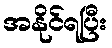
အနိုင်ရပြီး